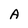
Character: A